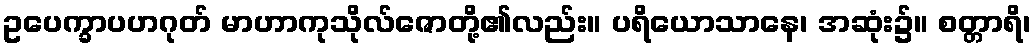
ဥပေက္ခာပဟဂုတ် မာဟာကုသိုလ်ဇောတို့၏လည်း။ ပရိယောသာနေ၊ အဆုံး၌။ စတ္တာရိ၊